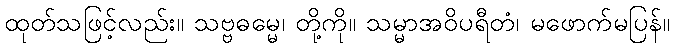
ထုတ်သဖြင့်လည်း။ သဗ္ဗဓမ္မေ၊ တို့ကို။ သမ္မာအဝိပရီတံ၊ မဖောက်မပြန်။